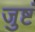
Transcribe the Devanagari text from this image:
जुष्टं